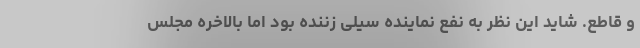
و قاطع. شاید این نظر به نفع نماینده سیلی زننده بود اما بالاخره مجلس